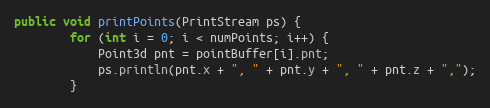
Language: Java
public void printPoints(PrintStream ps) {
        for (int i = 0; i < numPoints; i++) {
            Point3d pnt = pointBuffer[i].pnt;
            ps.println(pnt.x + ", " + pnt.y + ", " + pnt.z + ",");
        }